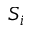
S _ { i }